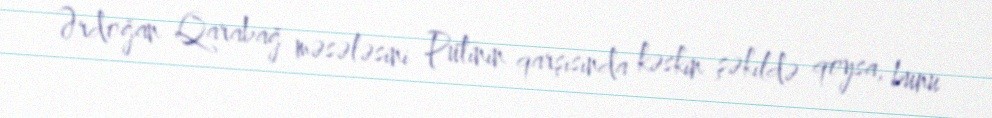
Ərdoğan Qarabağ məsələsini Putinin qarşısında kəskin şəkildə qoysa, bunu